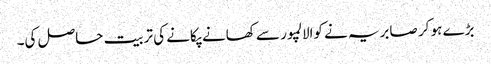
بڑے ہو کر صابریہ نے کوالالمپور سے کھانے پکانے کی تربیت حاصل کی۔